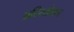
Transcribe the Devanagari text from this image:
अरिस्तोतल